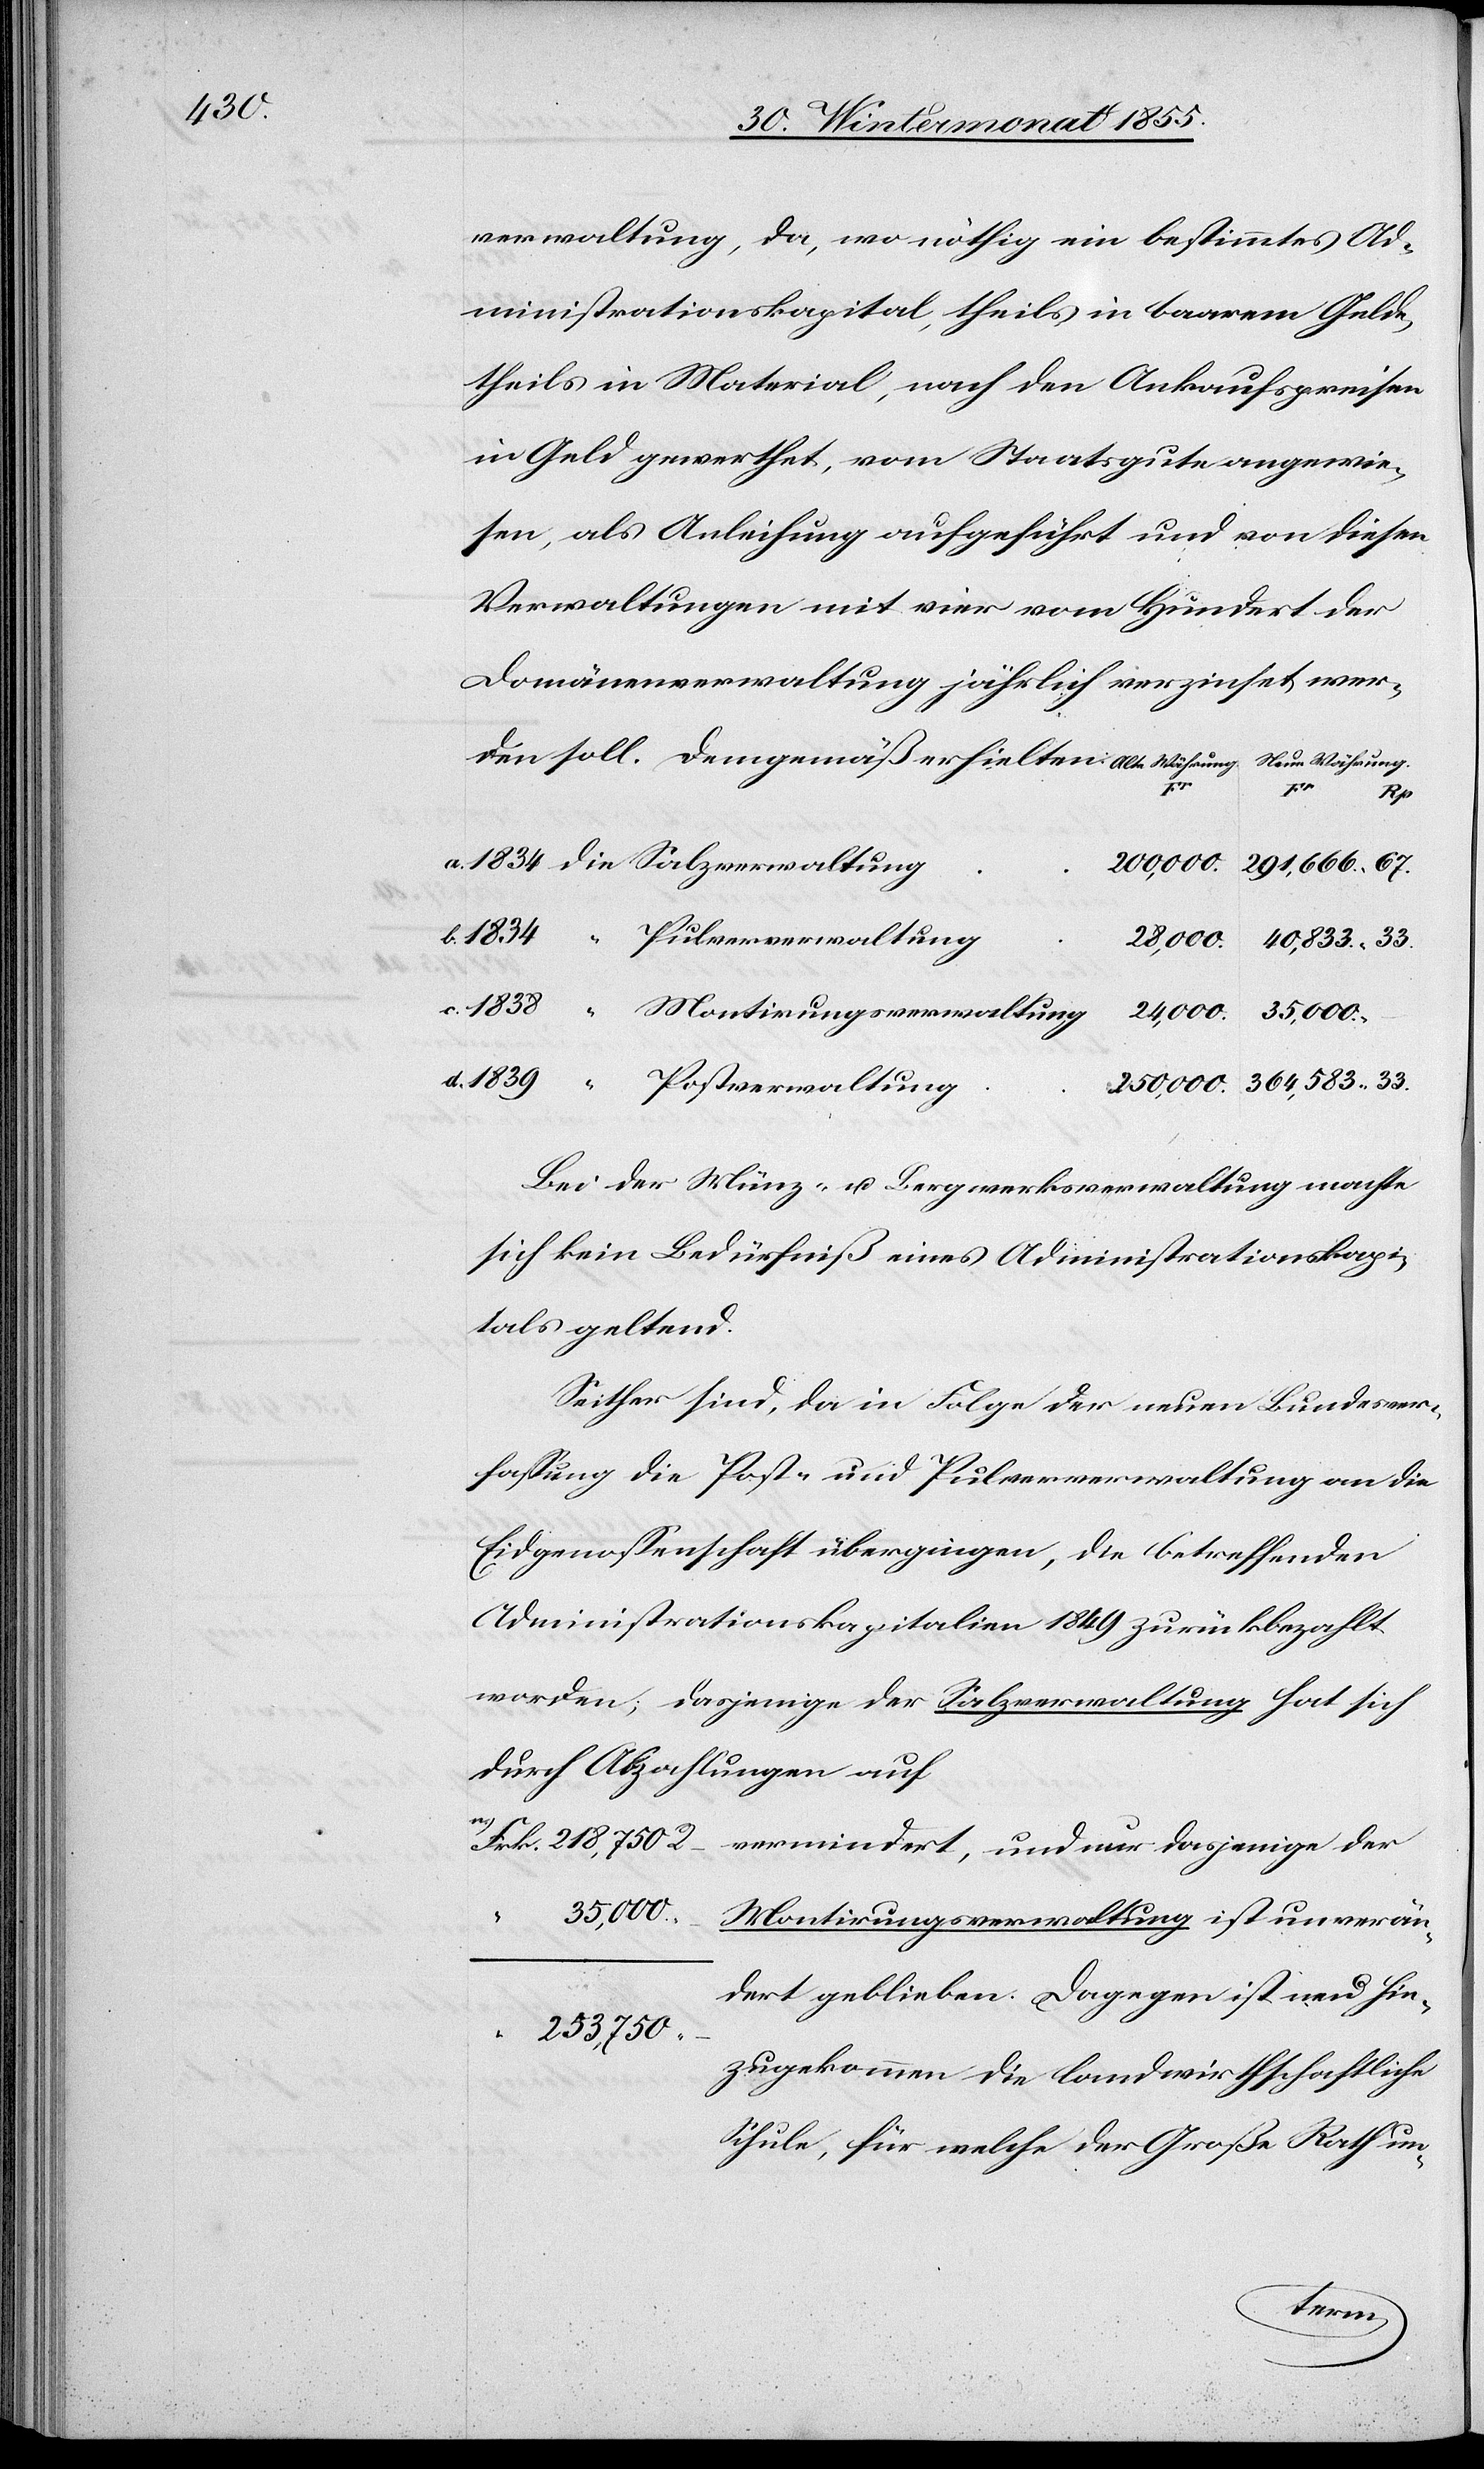
40,833.

verwaltung, da, wo nöthig ein bestimmtes Ad¬
ministrationskapital, theils in baarem Gelde,
theils in Material, nach den Ankaufspreisen
in Geld gewerthet, vom Staatsgute angewie¬
sen, als Anleihung aufgeführt und von diesen
Verwaltungen mit vier vom Hundert der
Domänenverwaltung jährlich verzinset wer¬
der
Rath
250,000.
291,666.
–
Bei der Münz- u. Bergwerksverwaltung machte
sich kein Bedürfniß eines Administrationskapi¬
tals geltend.
Seither sind, da in Folge der neuen Bundesver¬
fassung die Post- und Pulververwaltung an die
Eidgenossenschaft übergingen, die betreffenden
Administrationskapitalien 1849 zurückbezahlt
worden; dasjenige der Salzverwaltung hat sich
durch Abzahlungen auf
35,000.
Montirungsverwaltung ist unverän¬
dert geblieben. Dagegen ist neu hin¬
“ 253,750
zugekommen die landwirthschaftliche
vermindert,